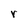
Character: r